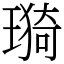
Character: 𤨦